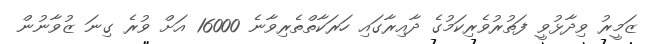
ޒަމީރު ވިދާޅުވީ ފަތުރުވެރިކަމުގެ ދާއިރާގައި ހަރަކާތްތެރިވާނެ 16000 އަށް ވުރެ ގިނަ ޒުވާނުން